Trukikaitis_Postimees, lk 9
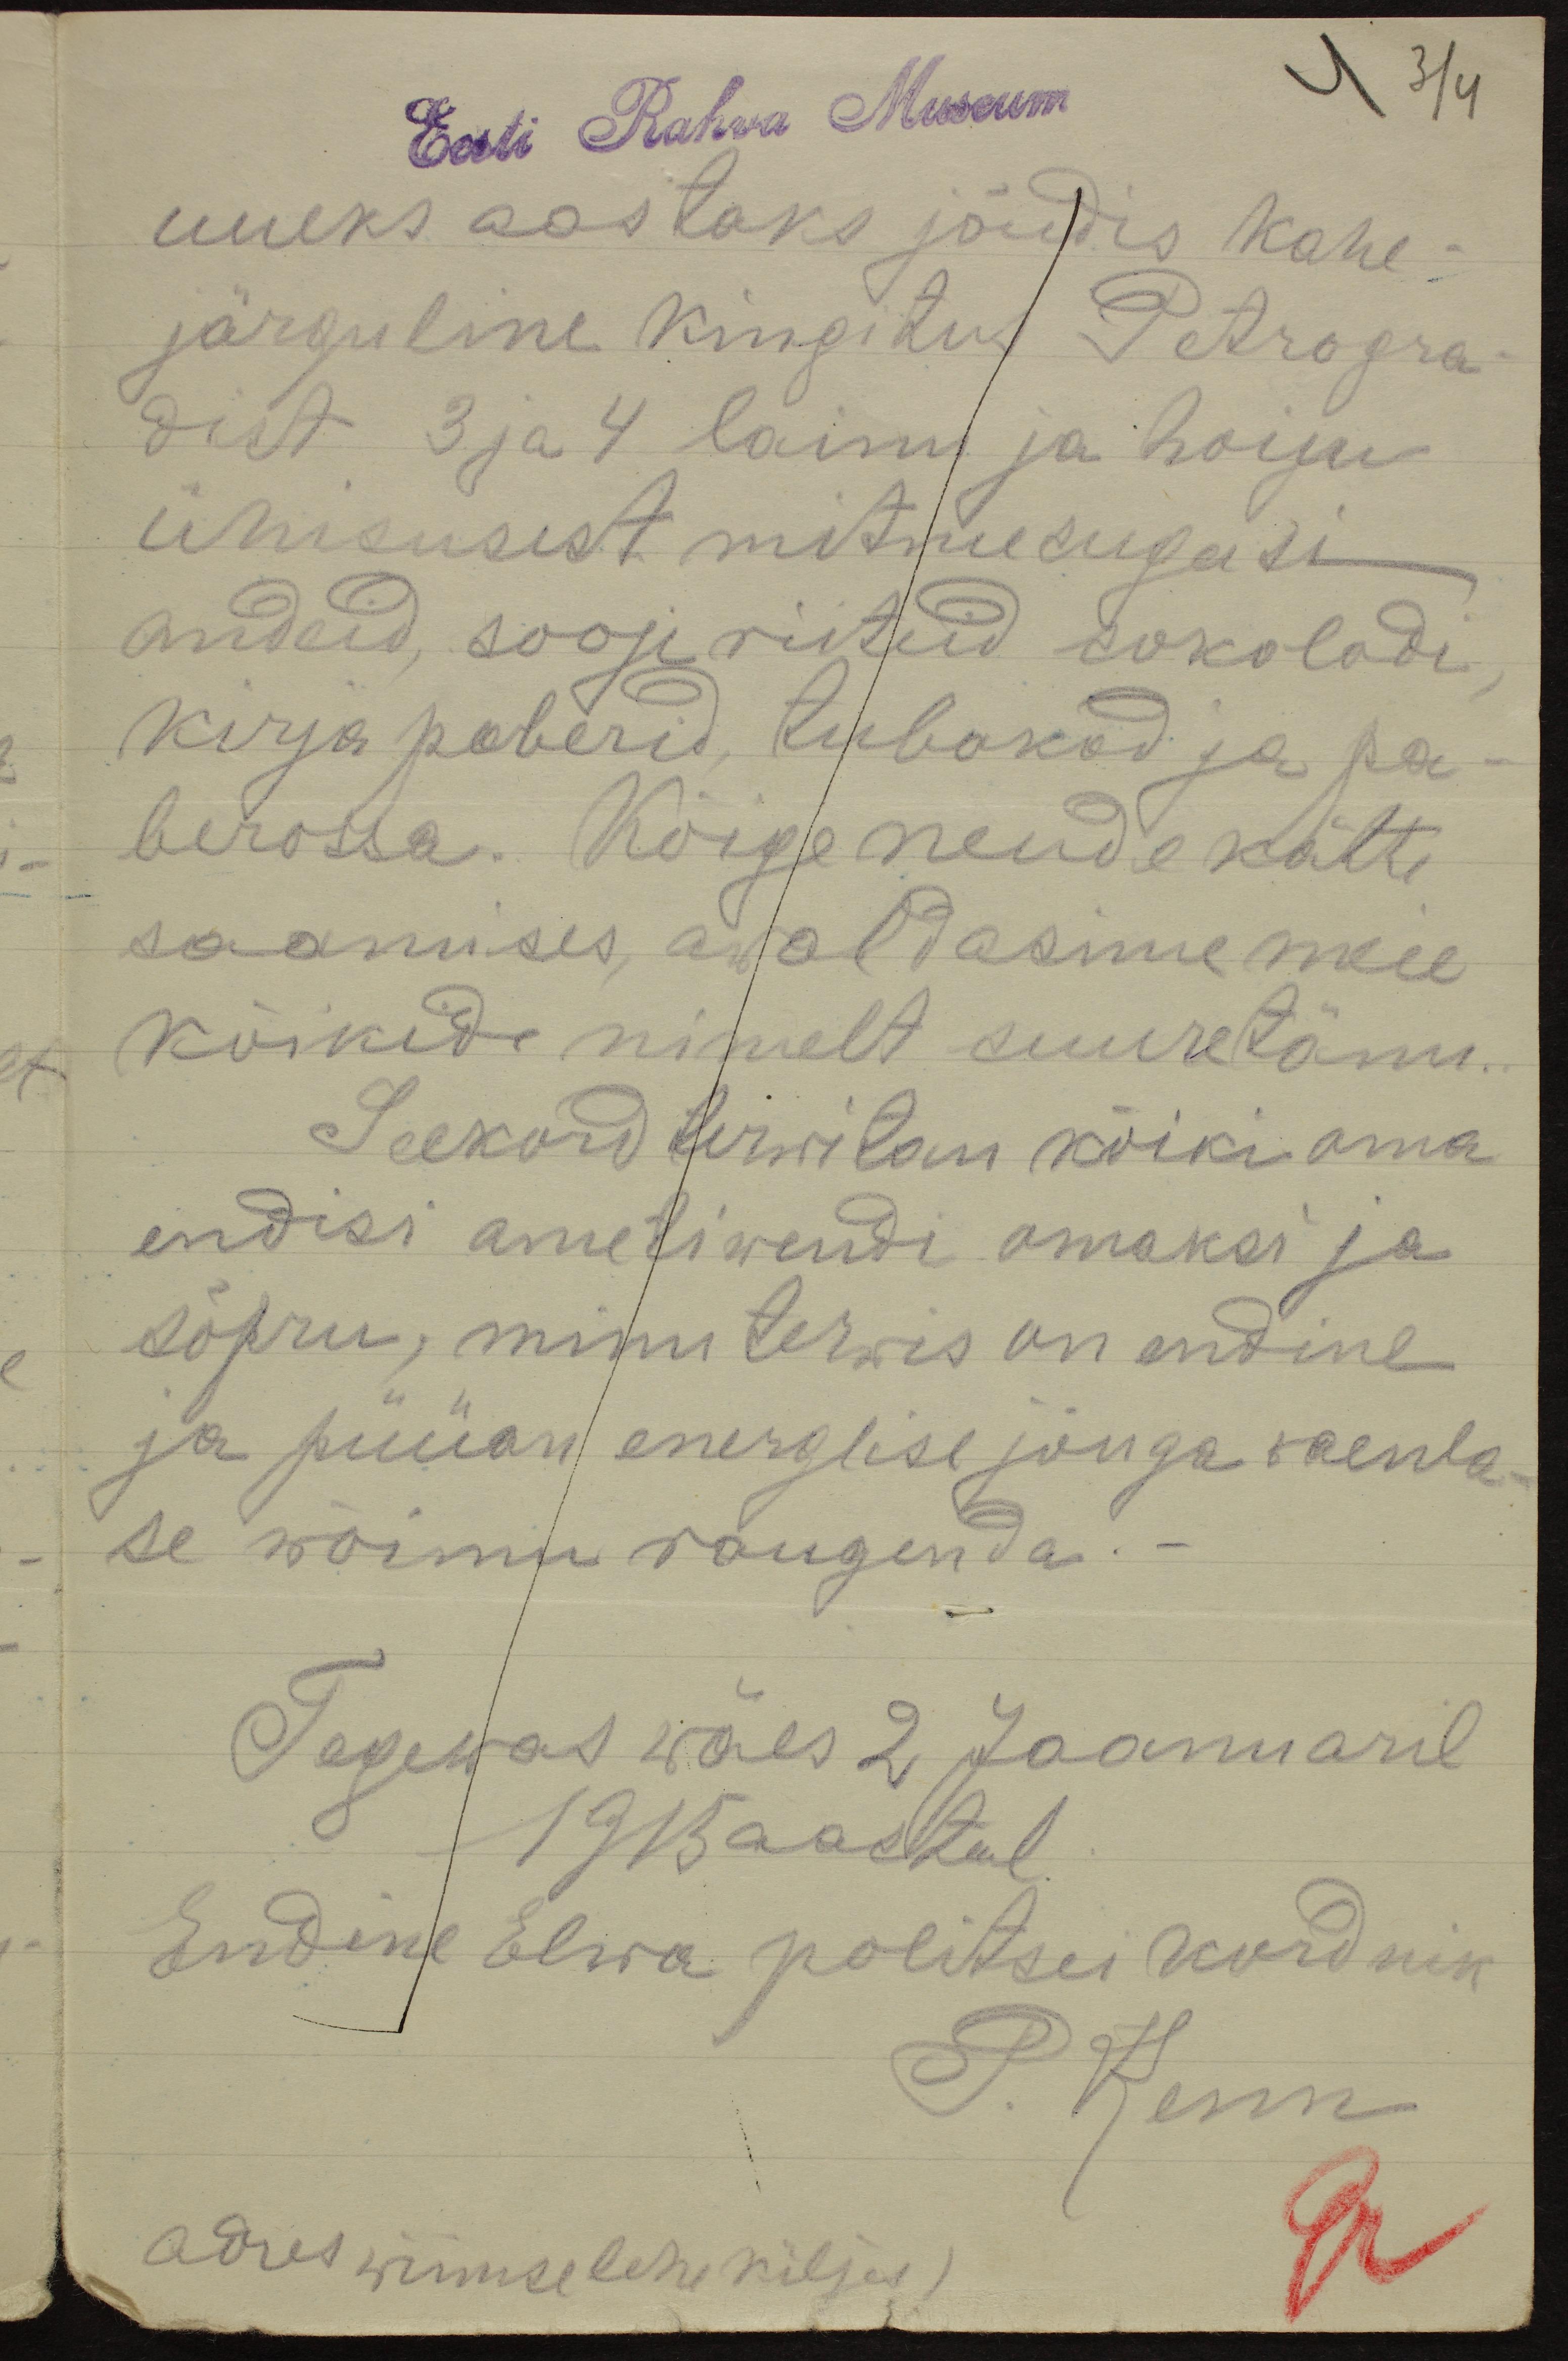
Eesti Rahva Museum
4 3/4
uueks aastaks jõudis kahe-
järguline kingitus Petrogra-
dist 3 ja 4 lainu ja hoiju
ühisusest mitmesugusi
andeid, sooje riiteid sokoladi,
kirja paberid, tubakad ja pa-
berossa. Kõige nende kätte
saamises, awaldasime meie
kõikide nimelt suure tänu.
Seekord terwitan kõiki oma
endisi ametiwendi omaksi ja
sõpru, minu terwis on endine
ja püüan energlise jõuga waenla-
se wõimu raugenda.
Tegewas wäes 2 Jaanuaril
1915 aastal
Endine Elwa politsei kordnik
P. Kenn
adres wiimse lehe küljes)